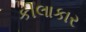
કીલાકાર